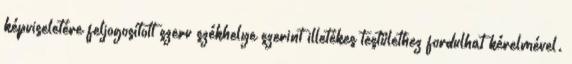
képviseletére feljogosított szerv székhelye szerint illetékes testülethez fordulhat kérelmével.